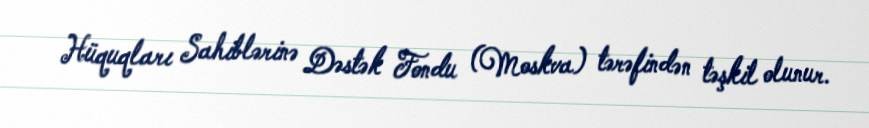
Hüquqları Sahiblərinə Dəstək Fondu (Moskva) tərəfindən təşkil olunur.